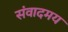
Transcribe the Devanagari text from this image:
संवादमय